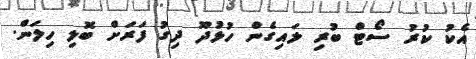
އެކު ކުރު ސޯޓް ބުރި ލައިގެން ހުޅުދޫ ދިގު ފަރަށް ބޮލި ހިލަން.